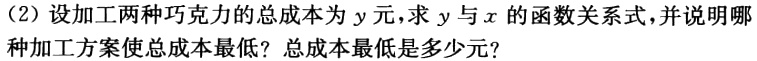
(2)设加工两种巧克力的总成本为\(y\)元，求\(y\)与\(x\)的函数关系式，并说明哪种加工方案使总成本最低？总成本最低是多少元？